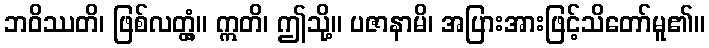
ဘဝိဿတိ၊ ဖြစ်လတ္တံ့။ ဣတိ၊ ဤသို့။ ပဇာနာမိ၊ အပြားအားဖြင့်သိတော်မူ၏။